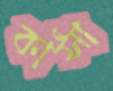
কাঁসা